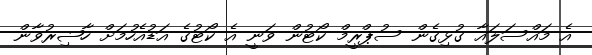
އެ މައްސަލައާ ގުޅިގެން ސުޕްރީމް ކޯޓުން ވަނީ އެ ކޯޓުގެ އަޑުއެހުމަށް ހާޟިރުވާން